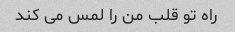
راه تو قلب من را لمس می کند